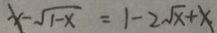
x - \sqrt { 1 - x } = 1 - 2 \sqrt { x } + x